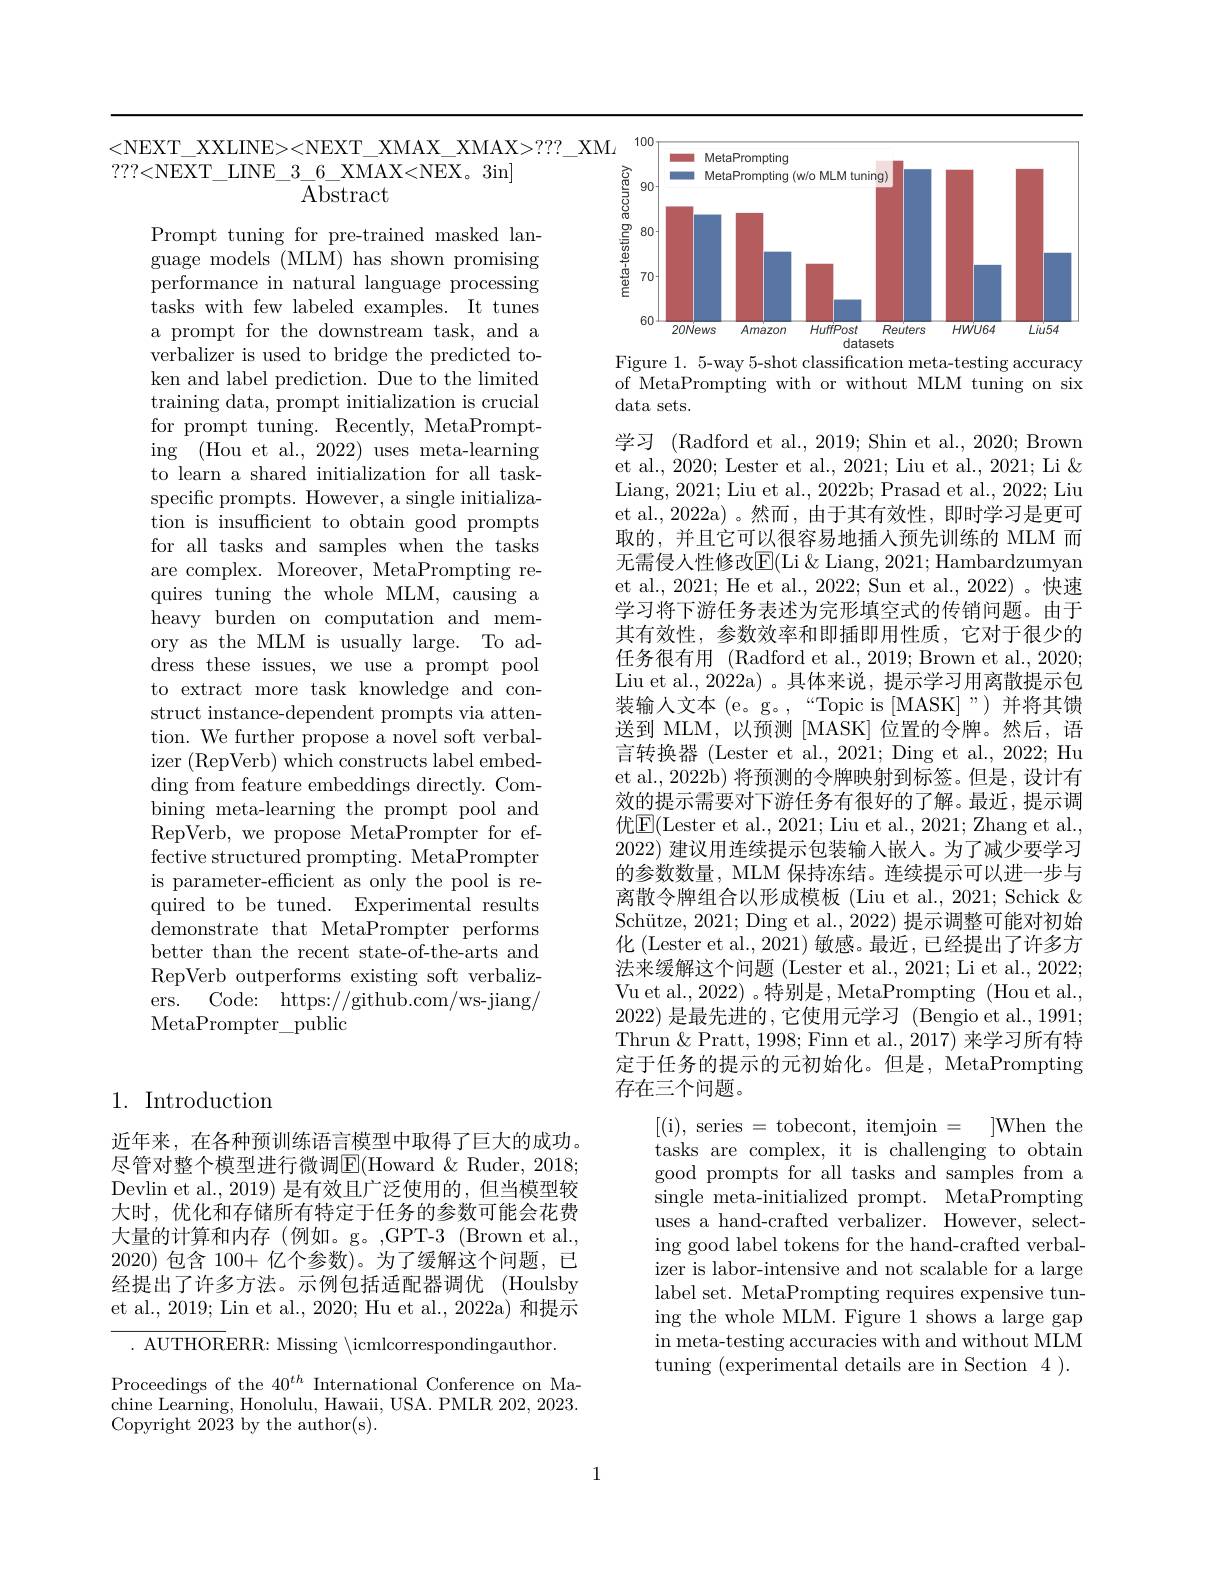
<NEXT\_XXLINE><NEXT\_XMAX\_XMAX>???\_XM$\iota$
? ? ? < NEXT$\_$LINE$\_$3$\_$6$\_$XMAX< NEX。3in
$\operatorname{Abstract}$

Prompt tuning for pre-trained masked language models (MLM) has shown promising performance in natural language processing tasks with few labeled examples. It tunes a prompt for the downstream task, and a verbalizer is used to bridge the predicted token and label prediction. Due to the limited training data, prompt initialization is crucial for prompt tuning. Recently, MetaPrompting (Hou et al., 2022) uses meta-learning to learn a shared initialization for all taskspecific prompts. However, a single initialization is insufficient to obtain good prompts for all tasks and samples when the tasks are complex. Moreover, MetaPrompting requires tuning the whole MLM, causing a heavy burden on computation and memory as the MLM is usually large. To address these issues, we use a prompt pool to extract more task knowledge and construct instance-dependent prompts via attention. We further propose a novel soft verbalizer (RepVerb) which constructs label embedding from feature embeddings directly. Combining meta-learning the prompt pool and RepVerb, we propose MetaPrompter for ef- $\hat{\text{fective structured prompting. MetaPrompter}}$ is parameter-efficient as only the pool is required to be tuned. Experimental results ${\mathrm{demonstrate~that~MetaPrompter~performs}}$ better than the recent state-of-the-arts and RepVerb outperforms existing soft verbalizers. Code: https://github.com/ws-jiang/ MetaPrompter\_public

## 1. Introduction

近年来，在各种预训练语言模型中取得了巨大的成功尽管对整个模型进行微调E(Howard &Ruder, 2018; Devlin et al., 2019) 是有效且广泛使用的，但当模型较大时，优化和存储所有特定于任务的参数可能会花费大量的计算和内存(例如。g。,GPT-3 (Brown et al., 2020)包含 100+ 亿个参数)。为了缓解这个问题，已经提出了许多方法。示例包括适配器调优 (Houlsby et al., 2019; Lin et al., 2020; Hu et al., 2022a) 和提示

. AUTHORERR: Missing $\backslash$icmlcorrespondingauthor.

Proceedings of the $40^{th}$ International Conference on Machine Learning, Honolulu, Hawaii, USA. PMLR 202, 2023. Copyright 2023 by the author(s).

1

<FigureHere>
Figure 1. 5-way 5-shot classification meta-testing accuracy

of MetaPrompting with or without MLM tuning on six
data sets.

学习 (Radford et al., 2019; Shin et al., 2020; Brown et al., 2020; Lester et al., 2021; Liu et al., 2021; Li & & Liang, 2021; Liu et al., 2022b; Prasad et al., 2022; Liu et al., 2022a) 。然而，由于其有效性，即时学习是更可取的，并且它可以很容易地插入预先训练的 MLM 而无需侵人性修改$\boxed{\mathrm{F}}($Li & Liang, 2021; Hambardzumyan et al., 2021; He et al., 2022; Sun et al., 2022)。快速学习将下游任务表述为完形填空式的传销问题。由于其有效性，参数效率和即插即用性质，它对于很少的任务很有用 (Radford et al.,2019; Brown et al.,2020; Liu et al., 2022a) 。具体来说，提示学习用离散提示包装输人文本(e。g。,“Topic is[MASK]”)并将其馈送到 MLM, 以预测[MASK] 位置的令牌。然后，语言转换器 (Lester et al., 2021; Ding et al., 2022; Hu et al., 2022b) 将预测的令牌映射到标签。但是，设计有效的提示需要对下游任务有很好的了解。最近，提示调优$\underline{\mathrm{E}}($Lester et al., 2021; Liu et al., 2021; Zhang et al., 2022)建议用连续提示包装输入嵌人。为了减少要学习的参数数量，MLM 保持冻结。连续提示可以进一步与离散令牌组合以形成模板 (Liu et al., 2021; Schick $\&$ Schütze, 2021; Ding et al., 2022) 提示调整可能对初始化 (Lester et al., 2021) 敏感。最近，已经提出了许多方法来缓解这个问题 (Lester et al., 2021; Li et al., 2022; Vu et al., 2022) 。特别是，MetaPrompting (Hou et al., 2022)是最先进的 ,它使用元学习 (Bengio et al., 1991; Thrun & Pratt, 1998; Finn et al., 2017) 来学习所有特定于任务的提示的元初始化。但是，MetaPrompting 存在三个问题。
[(i),series=tobecont,itemjoin=]When the tasks are complex, it is challenging to obtain good prompts for all tasks and samples from a single meta-initialized prompt. MetaPrompting uses a hand-crafted verbalizer. However, selecting good label tokens for the hand-crafted verbalizer is labor-intensive and not scalable for a large label set. MetaPrompting requires expensive tuning the whole MLM. Figure 1 shows a large gap in meta-testing accuracies with and without MLM tuning (experimental details are in Section 4 ).